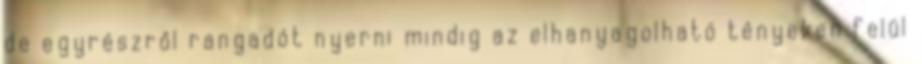
de egyrészről rangadót nyerni mindig az elhanyagolható tényeken felül